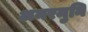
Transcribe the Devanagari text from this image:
अमरमुनि